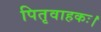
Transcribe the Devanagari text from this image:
पितृवाहकः।